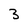
Character: 3